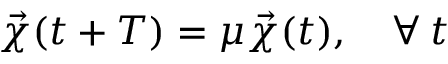
\vec { \chi } ( t + T ) = \mu \vec { \chi } ( t ) , \quad \forall \: t